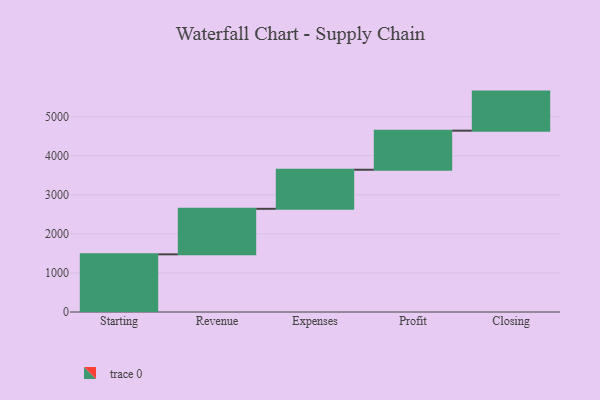
{"axis": {"x": "Step", "y": "Value"}, "legend": [""], "data": [{"x": "Starting", "y": 1476.0, "type": ""}, {"x": "Revenue", "y": 1165.0, "type": ""}, {"x": "Expenses", "y": 1000, "type": ""}, {"x": "Profit", "y": 1000, "type": ""}, {"x": "Closing", "y": 1000, "type": ""}]}